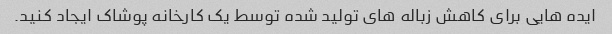
ایده هایی برای کاهش زباله های تولید شده توسط یک کارخانه پوشاک ایجاد کنید.